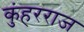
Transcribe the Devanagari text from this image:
कुंहरराज